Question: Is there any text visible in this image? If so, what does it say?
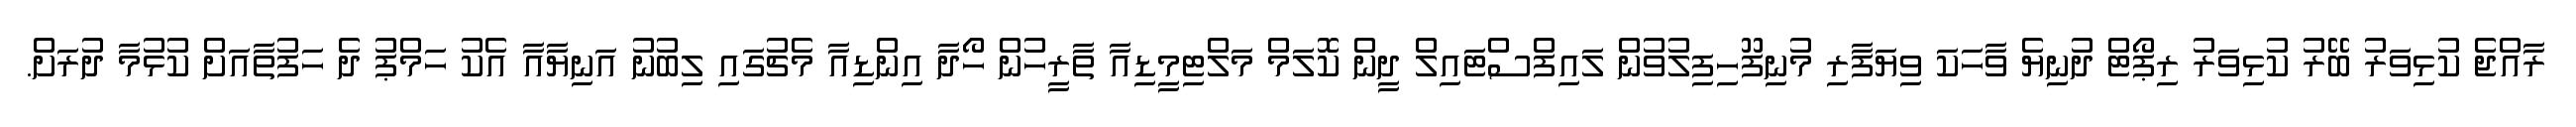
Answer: ރާއްޖެ ކުޅިވަރު ބޭރު ކުޅިވަރު ރިޕޯޓް ދުނިޔެ ވާހަކަ ވިޔަފާރި މުނިފޫހިފިލުވުން ލައިފްސްޓައިލް ދީން ކޮލަމް މަލްޓިމީޑިއާ ތާރީހުން ހޯދާ އިންޑިއާ މެޗުގައި ލިބުނު އަނިޔާއާ އެކު ހަމްޕު ދެ ހަފުތާއަށް ކުޅުމާ ދުރަށް.